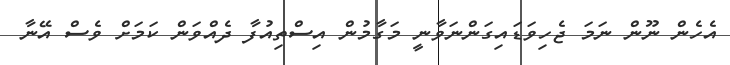
އެހެން ނޫން ނަމަ ޖެހިވަޑައިގަންނަވާނީ މަގާމުން އިސްތިއުފާ ދެއްވަން ކަމަށް ވެސް އޭނާ